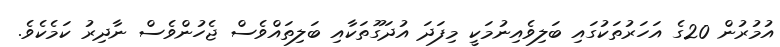
އުމުރުން 20ގެ އަހަރުތަކުގައި ބަލިވެއިނުމަކީ މިފަދަ އުދަގޫތަކާއި ބަލިތައްވެސް ޖެހުންވެސް ނާދިރު ކަމެކެވެ.